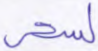
لسحر